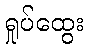
ရှုပ်ထွေး